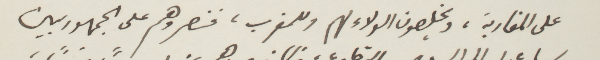
على المغاربة، ويخلصون الولاء لهم وللمغرب، فنصروهم على الجمهوريين.